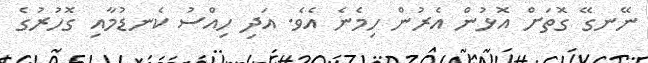
ނޭނގޭ ގޮތަށް އޮޅުން އެރުން ހިމެނެ އެވެ. އަދި ހިއްސު ކެނޑުމާއި ގޮހުރުގެ